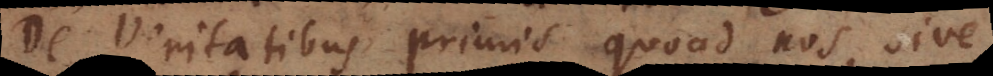
De Veritatibus primis quoad nos, sive